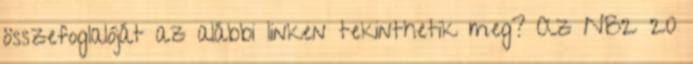
összefoglalóját az alábbi linken tekinthetik meg? Az NB2 20